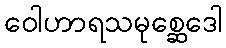
ဝေါဟာရသမုစ္ဆေဒေါ